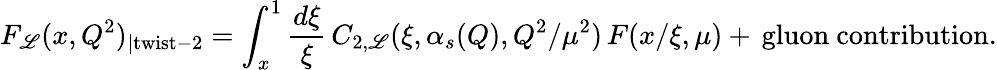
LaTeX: F_{\mathscr{L}}(x,Q^{2})_{|\mathrm{{twist-2}}}=\int_{x}^{1}\frac{{d\xi}}{{\xi}}\, C_{2,\mathscr{L}}(\xi,\alpha_{s}(Q),Q^{2}/\mu^{2})\, F(x/\xi,\mu)+\, \mathrm{{gluon~contribution}}.